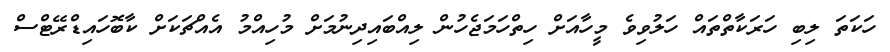
ހަކަތަ ލިބި ހަރަކާތްތައް ހަލުވިވެ މީހާއަށް ހިތްހަމަޖެހުން ލިއްބައިދިނުމަށް މުހިއްމު އެއްޗަކަށް ކާބޮހައިޑްރޭޓްސް